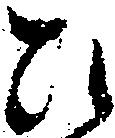
ひ